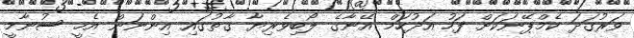
ވަރުގަދަ ކެމްޕޭނަކަށް ފަހު އަދުހަމް އޭނާގެ ލޯބިވެރިޔާ ގާތުގައި އިންނަން އެހީ ސުނާމީ